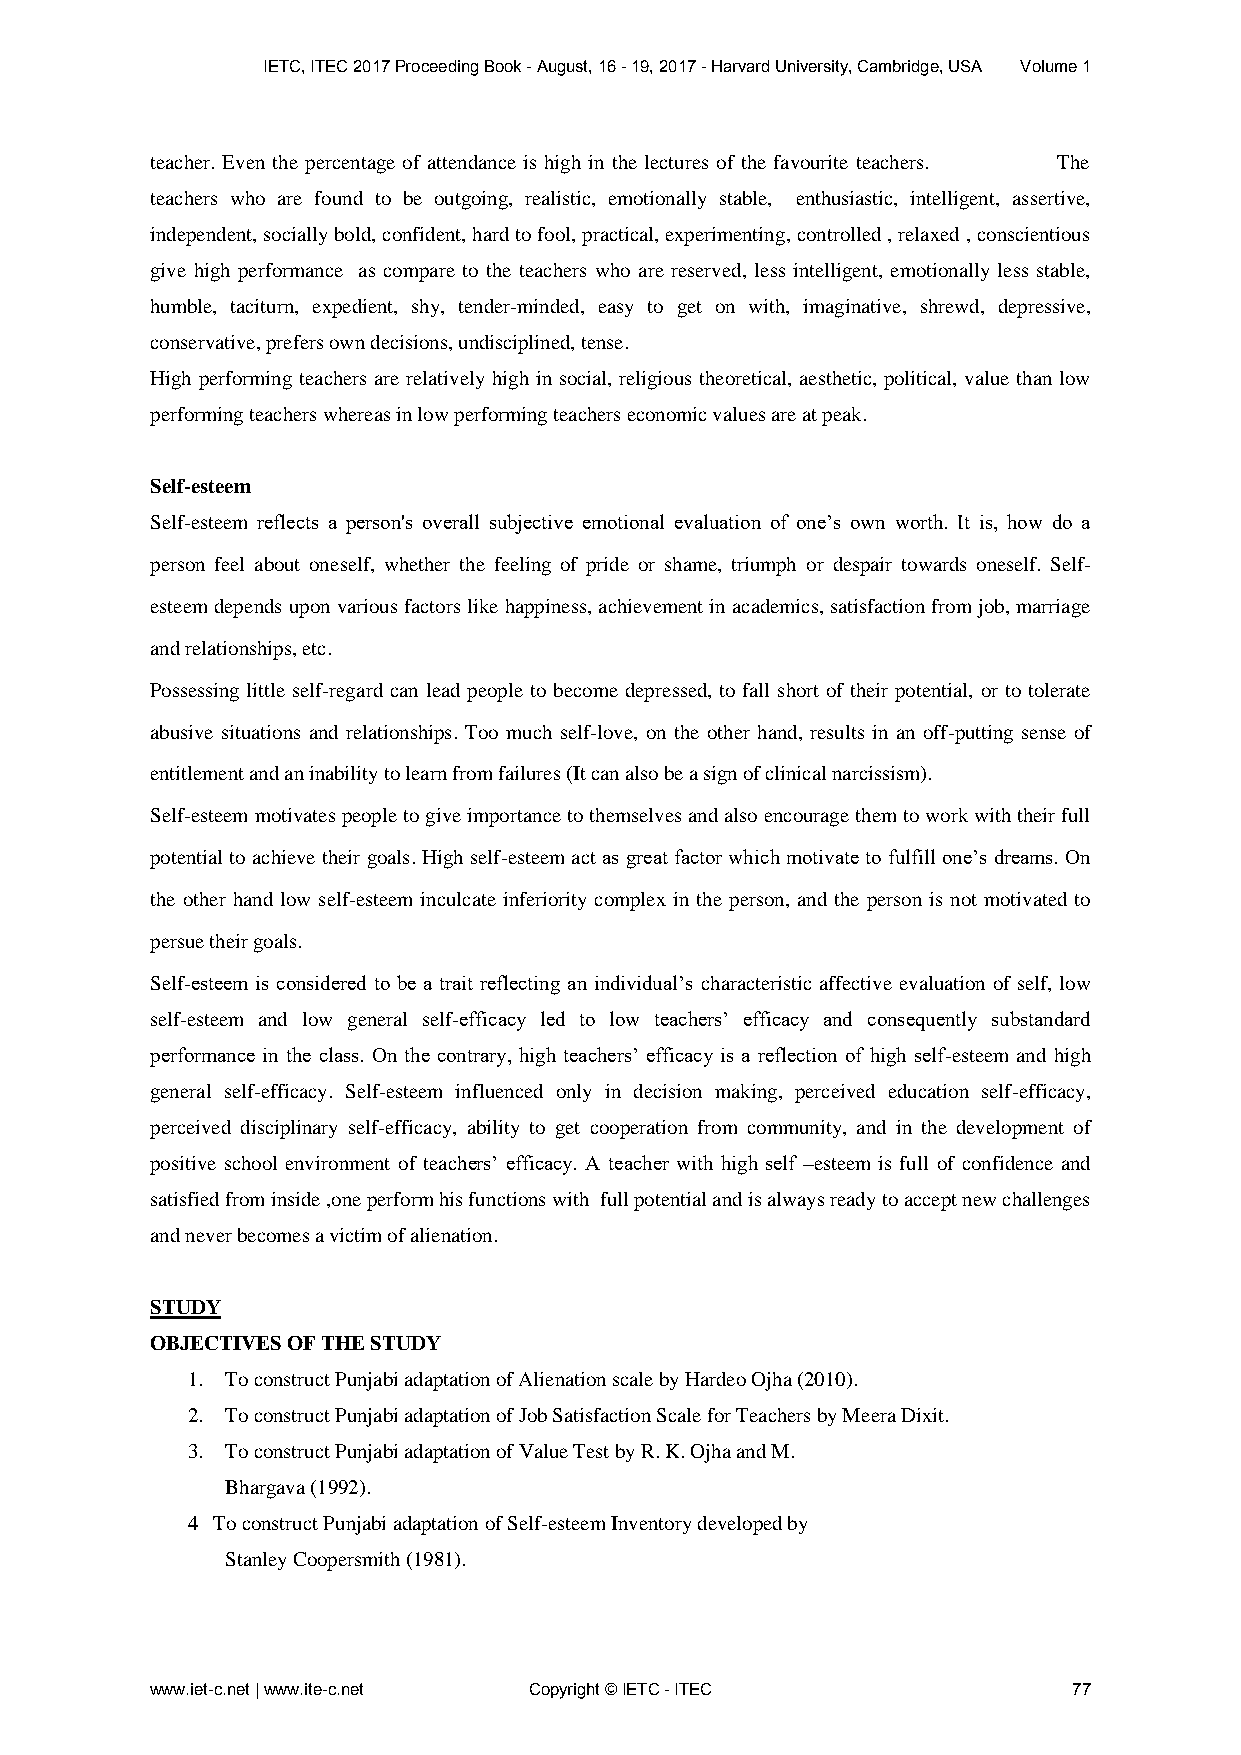
IETC, ITEC 2017 Proceeding Book - August, 16 - 19, 2017 - Harvard University, Cambridge, USA Volume 1
 teacher. Even the percentage of attendance is high in the lectures of the favourite teachers. The
 teachers who are found to be outgoing, realistic, emotionally stable, enthusiastic, intelligent, assertive,
 independent, socially bold, confident, hard to fool, practical, experimenting, controlled , relaxed , conscientious
 give high performance as compare to the teachers who are reserved, less intelligent, emotionally less stable,
 humble, taciturn, expedient, shy, tender-minded, easy to get on with, imaginative, shrewd, depressive,
 conservative, prefers own decisions, undisciplined, tense.
 High performing teachers are relatively high in social, religious theoretical, aesthetic, political, value than low
 performing teachers whereas in low performing teachers economic values are at peak.
 Self-esteem
 Self-esteem reflects a person's overall subjective emotional evaluation of one’s own worth. It is, how do a
 person feel about oneself, whether the feeling of pride or shame, triumph or despair towards oneself. Self-
 esteem depends upon various factors like happiness, achievement in academics, satisfaction from job, marriage
 and relationships, etc.
 Possessing little self-regard can lead people to become depressed, to fall short of their potential, or to tolerate
 abusive situations and relationships. Too much self-love, on the other hand, results in an off-putting sense of
 entitlement and an inability to learn from failures (It can also be a sign of clinical narcissism).
 Self-esteem motivates people to give importance to themselves and also encourage them to work with their full
 potential to achieve their goals. High self-esteem act as great factor which motivate to fulfill one’s dreams. On
 the other hand low self-esteem inculcate inferiority complex in the person, and the person is not motivated to
 persue their goals.
 Self-esteem is considered to be a trait reflecting an individual’s characteristic affective evaluation of self, low
 self-esteem and low general self-efficacy led to low teachers’ efficacy and consequently substandard
 performance in the class. On the contrary, high teachers’ efficacy is a reflection of high self-esteem and high
 general self-efficacy. Self-esteem influenced only in decision making, perceived education self-efficacy,
 perceived disciplinary self-efficacy, ability to get cooperation from community, and in the development of
 positive school environment of teachers’ efficacy. A teacher with high self –esteem is full of confidence and
 satisfied from inside ,one perform his functions with full potential and is always ready to accept new challenges
 and never becomes a victim of alienation.
 STUDY
 OBJECTIVES OF THE STUDY
 1. To construct Punjabi adaptation of Alienation scale by Hardeo Ojha (2010).
 2. To construct Punjabi adaptation of Job Satisfaction Scale for Teachers by Meera Dixit.
 3. To construct Punjabi adaptation of Value Test by R. K. Ojha and M.
 Bhargava (1992).
 4 To construct Punjabi adaptation of Self-esteem Inventory developed by
 Stanley Coopersmith (1981).
 www.iet-c.net | www.ite-c.net Copyright © IETC - ITEC        77